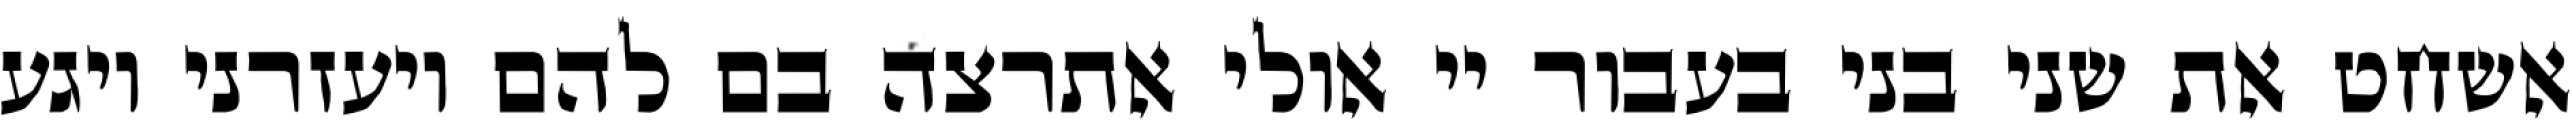
אשחט את שני בני בעבור יי אולי אתרצה בם להם ויעזרני ויגע